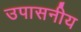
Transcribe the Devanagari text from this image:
उपासनीय